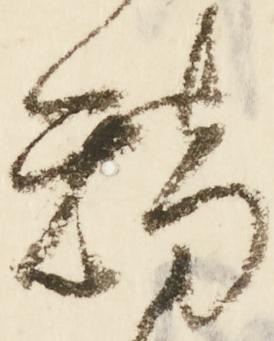
矯